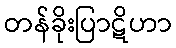
တန်ခိုးပြာဋိဟာ